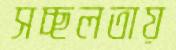
সচ্ছলতায়